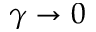
\gamma \rightarrow 0